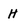
Character: H